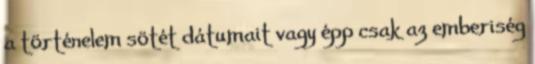
a történelem sötét dátumait vagy épp csak az emberiség